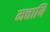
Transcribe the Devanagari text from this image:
मत्तायि